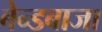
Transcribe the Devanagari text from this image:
बेन्डबाजा